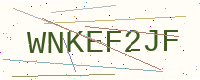
Text: WNKEF2JF